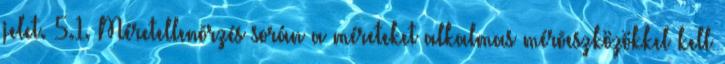
jelet. 5.1. Méretellenõrzés során a méreteket alkalmas mérõeszközökkel kell